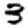
Digit: 3